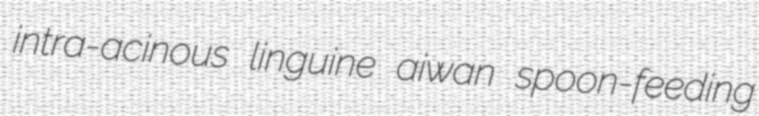
intra-acinous linguine aiwan spoon-feeding